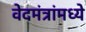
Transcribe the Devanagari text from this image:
वेदमंत्रांमध्ये